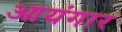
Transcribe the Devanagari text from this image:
आयंगार